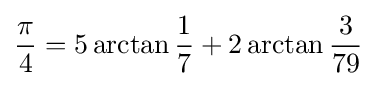
{\frac {\pi }{4}}=5\arctan {\frac {1}{7}}+2\arctan {\frac {3}{79}}